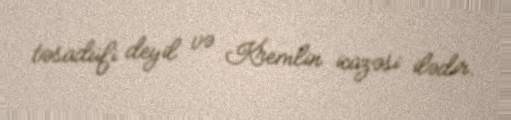
təsadüfi deyil və Kremlin icazəsi ilədir.